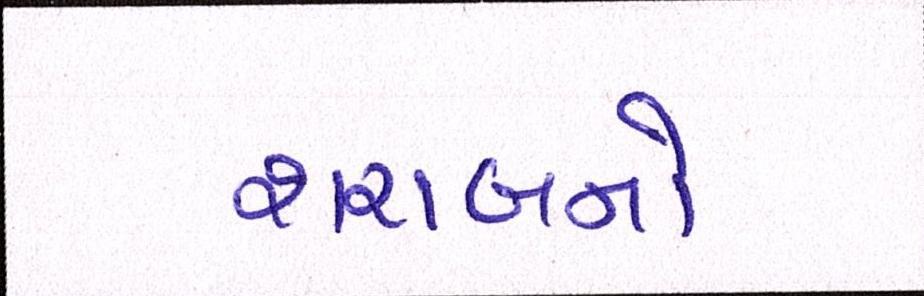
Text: શરાબનો